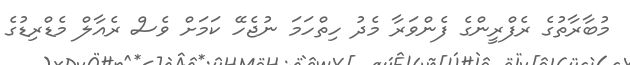
މުބާރާތުގެ ރެފްރީންގެ ފެންވަރާ މެދު ހިތްހަމަ ނުޖެހޭ ކަމަށް ވެސް ރެއާލް މެޑްރިޑުގެ